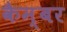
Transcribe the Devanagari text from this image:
कैम्बर